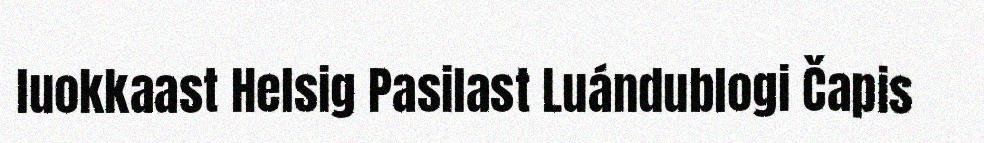
luokkaast Helsig Pasilast Luándublogi Čapis